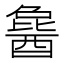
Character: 𬪰